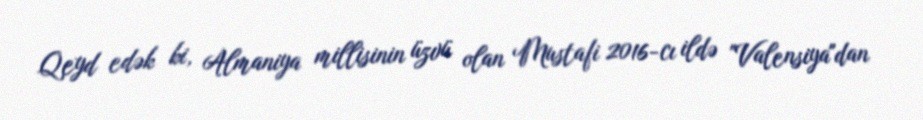
Qeyd edək ki, Almaniya millisinin üzvü olan Mustafi 2016-cı ildə "Valensiya"dan